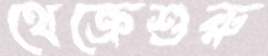
থেক্রেশুরু